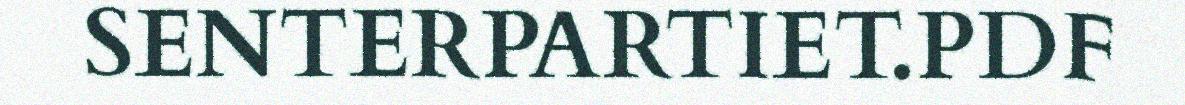
SENTERPARTIET.PDF